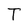
Character: T